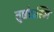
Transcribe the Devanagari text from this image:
तुष्टोऽस्मि